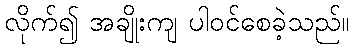
လိုက်၍ အချိုးကျ ပါဝင်စေခဲ့သည်။